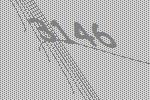
3146